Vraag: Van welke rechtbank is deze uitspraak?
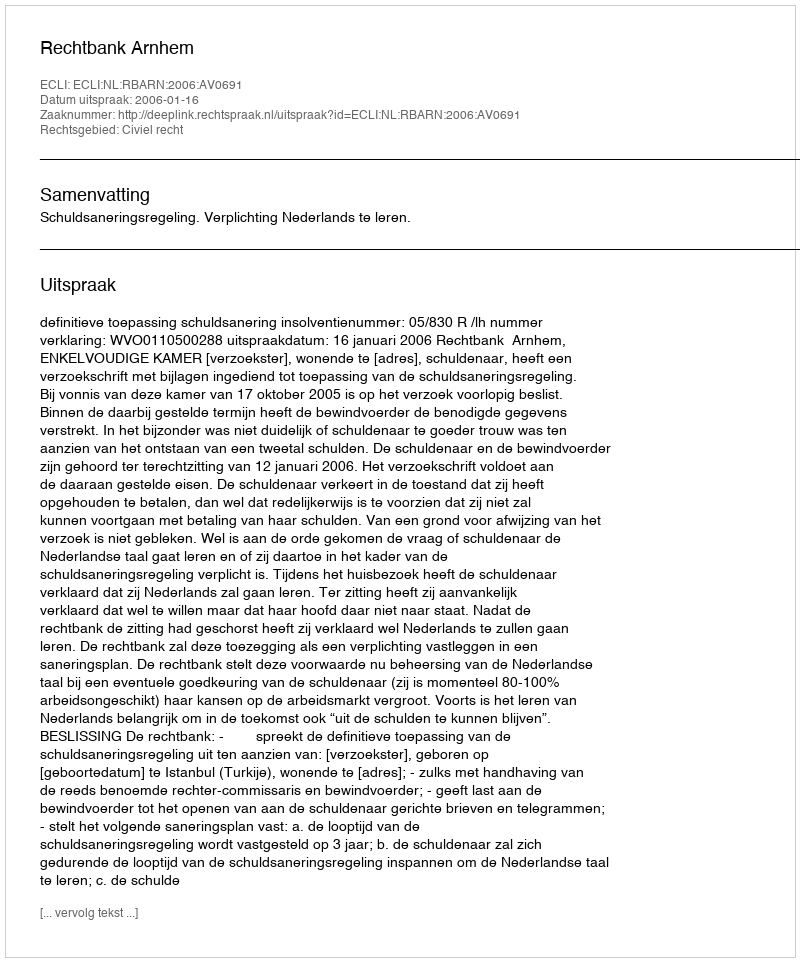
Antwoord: Rechtbank Arnhem